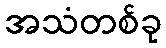
အသံတစ်ခု